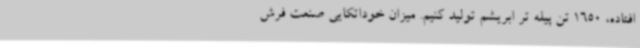
افتاده، 1650 تن پیله تر ابریشم تولید کنیم. میزان خوداتکایی صنعت فرش